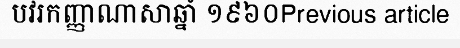
បវរកញ្ញាណាសាឆ្នាំ ១៩៦០Previous article